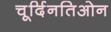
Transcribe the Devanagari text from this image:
चूर्दिनतिओन